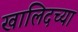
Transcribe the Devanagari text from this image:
खालिदच्या